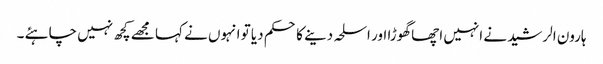
ہارون الرشید نے انہیں اچھا گھوڑا اور اسلحہ دینے کا حکم دیا تو انہوں نے کہا مجھے کچھ نہیں چاہئے ۔